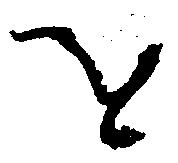
を